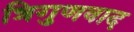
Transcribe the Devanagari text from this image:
त्रिगुणवाद